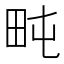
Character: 𱰧